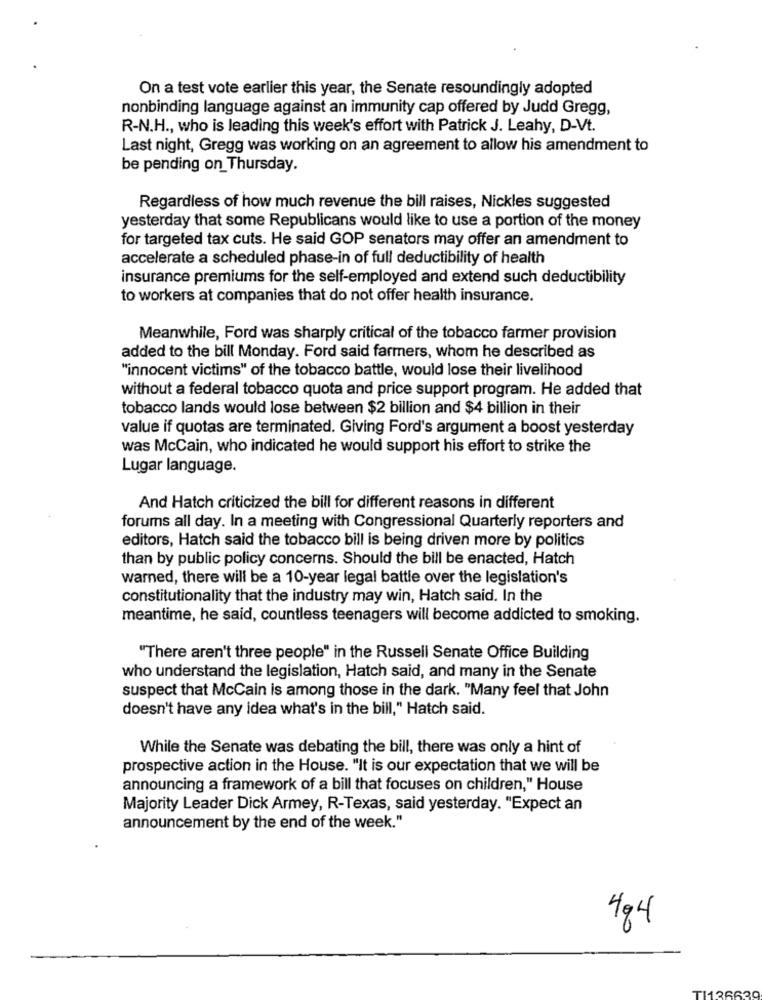
On a test vote earlier this year, the Senate resoundingly adopted
nonbinding language against an immunity cap offered by Judd Gregg,
R-N.H ., who is leading this week's effort with Patrick J. Leahy, D-Vt.
Last night, Gregg was working on an agreement to allow his amendment to
be pending on Thursday.
Regardless of how much revenue the bill raises, Nickles suggested
yesterday that some Republicans would like to use a portion of the money
for targeted tax cuts. He said GOP senators may offer an amendment to
accelerate a scheduled phase-in of full deductibility of health
insurance premiums for the self-employed and extend such deductibility
to workers at companies that do not offer health insurance.
Meanwhile, Ford was sharply critical of the tobacco farmer provision
added to the bill Monday. Ford said farmers, whom he described as
"innocent victims" of the tobacco battle, would lose their livelihood
without a federal tobacco quota and price support program. He added that
tobacco lands would lose between $2 billion and $4 billion in their
value if quotas are terminated. Giving Ford's argument a boost yesterday
was McCain, who indicated he would support his effort to strike the
Lugar language.
And Hatch criticized the bill for different reasons in different
forums all day. In a meeting with Congressional Quarterly reporters and
editors, Hatch said the tobacco bill is being driven more by politics
than by public policy concerns. Should the bill be enacted, Hatch
warned, there will be a 10-year legal battle over the legislation's
constitutionality that the industry may win, Hatch said. In the
meantime, he said, countless teenagers will become addicted to smoking.
""There aren't three people" in the Russell Senate Office Building
who understand the legislation, Hatch said, and many in the Senate
suspect that McCain is among those in the dark. "Many feel that John
doesn't have any idea what's in the bill," Hatch said.
While the Senate was debating the bill, there was only a hint of
prospective action in the House. "It is our expectation that we will be
announcing a framework of a bill that focuses on children," House
Majority Leader Dick Armey, R-Texas, said yesterday. "Expect an
announcement by the end of the week."
484
TI126620